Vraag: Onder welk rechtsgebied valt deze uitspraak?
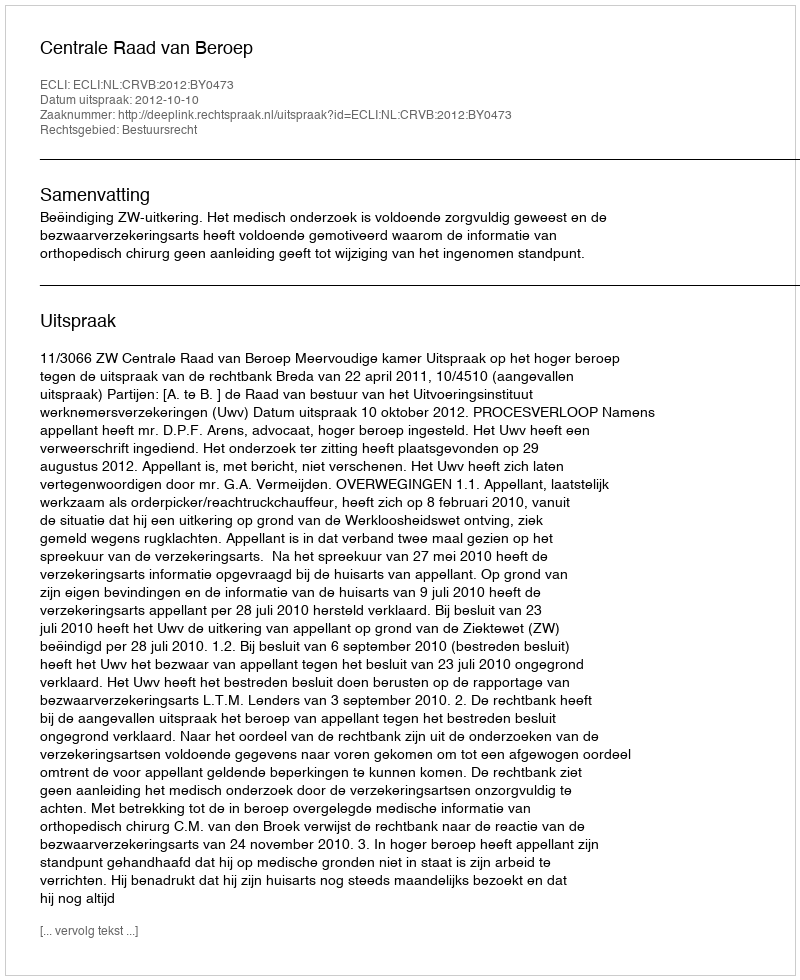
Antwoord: Bestuursrecht